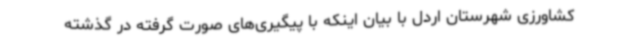
کشاورزی شهرستان اردل با بیان اینکه با پیگیری‌های صورت گرفته در گذشته